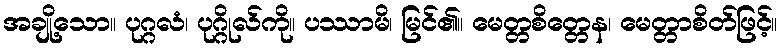
အချို့သော။ ပုဂ္ဂလံ၊ ပုဂ္ဂိုလ်ကို။ ပဿာမိ၊ မြင်၏။ မေတ္တစိတ္တေန၊ မေတ္တာစိတ်ဖြင့်။